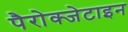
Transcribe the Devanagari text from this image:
पैरोक्जेटाइन